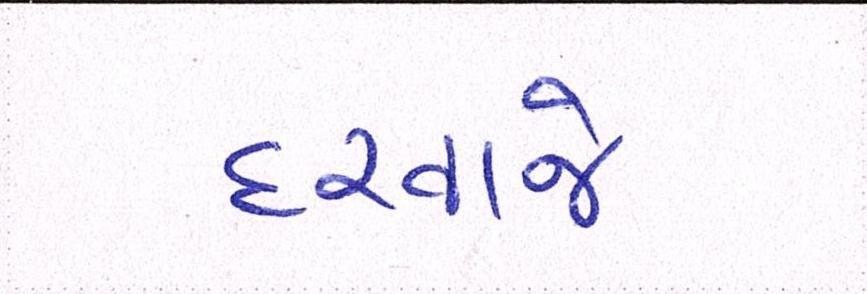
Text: દરવાજે